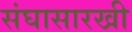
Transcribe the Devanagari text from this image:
संघासारखी